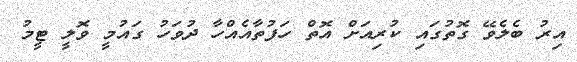
އިރު ބެލެވޭ ގޮތުގައި ކުރިއަށް އޮތް ހަފުތާއެއްހާ ދުވަހު ގައުމީ ވޮލީ ޓީމު